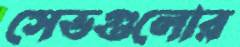
সেভগুলোর